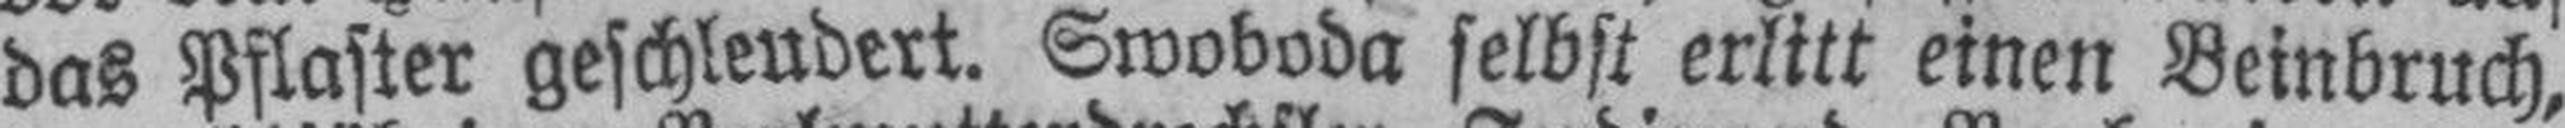
das Pflaster geschleudert. Swoboda selbst erlitt einen Beinbruch,